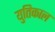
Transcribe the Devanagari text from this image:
युतिकाल